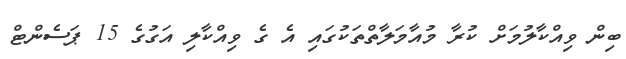
ބިން ވިއްކާލުމަށް ކުރާ މުއާމަލާތްތަކުގައި އެ ގެ ވިއްކާލި އަގުގެ 15 ޕަސެންޓް